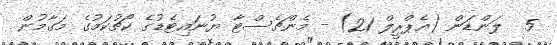
5  ލަންޑަން (އެޕްރީލް 21) - މެންޗެސްޓާ ޔުނައިޓެޑުގެ ކޯޗުކަމުގެ މަގާމުން